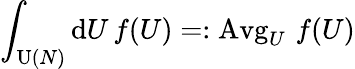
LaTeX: \int_{\operatorname{U}(N)}\mathrm{d}U\, f(U)=:\operatorname{Avg}_{U}\, f(U)